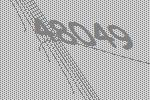
48049